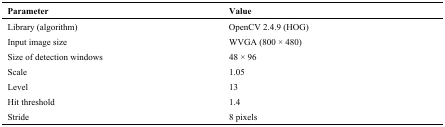
<table><thead><tr><td><b>Parameter</b></td><td><b>Value</b></td></tr></thead><tbody><tr><td>Library (algorithm)</td><td>OpenCV 2.4.9 (HOG)</td></tr><tr><td>Input image size</td><td>WVGA (800 × 480)</td></tr><tr><td>Size of detection windows</td><td>48 × 96</td></tr><tr><td>Scale</td><td>1.05</td></tr><tr><td>Level</td><td>13</td></tr><tr><td>Hit threshold</td><td>1.4</td></tr><tr><td>Stride</td><td>8 pixels</td></tr></tbody></table>